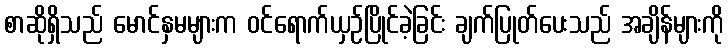
စာဆိုရှိသည် မောင်နှမများက ဝင်ရောက်ယှဉ်ပြိုင်ခဲ့ခြင်း ချက်ပြုတ်ပေးသည် အချိန်များကို